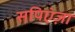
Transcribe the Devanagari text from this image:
सपिएंज़ा